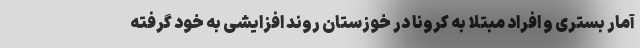
آمار بستری و افراد مبتلا به کرونا در خوزستان روند افزایشی به خود گرفته